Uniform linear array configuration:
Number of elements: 48
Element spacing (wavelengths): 0.5
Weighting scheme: binomial
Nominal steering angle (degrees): -15
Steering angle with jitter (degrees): -13.392
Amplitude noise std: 0.05
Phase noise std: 0.05

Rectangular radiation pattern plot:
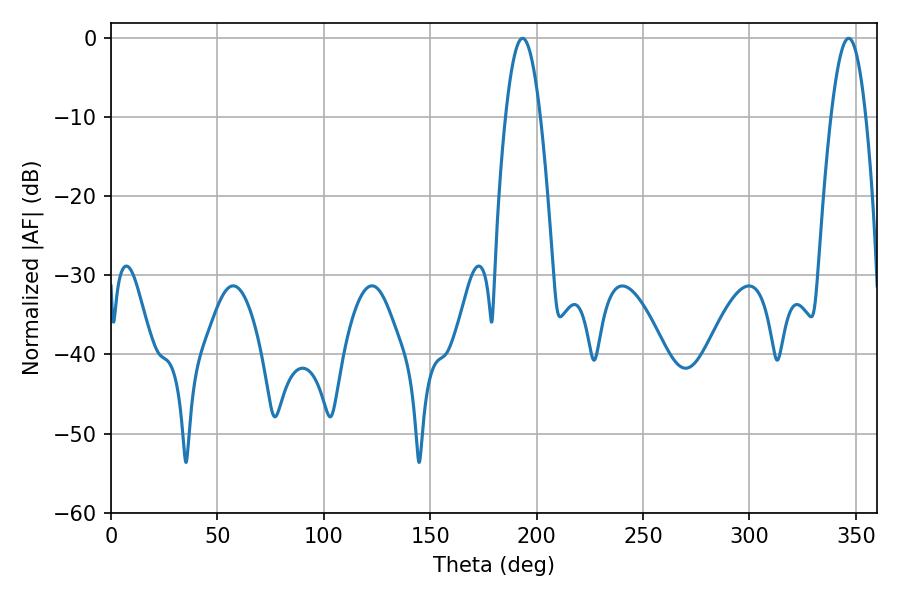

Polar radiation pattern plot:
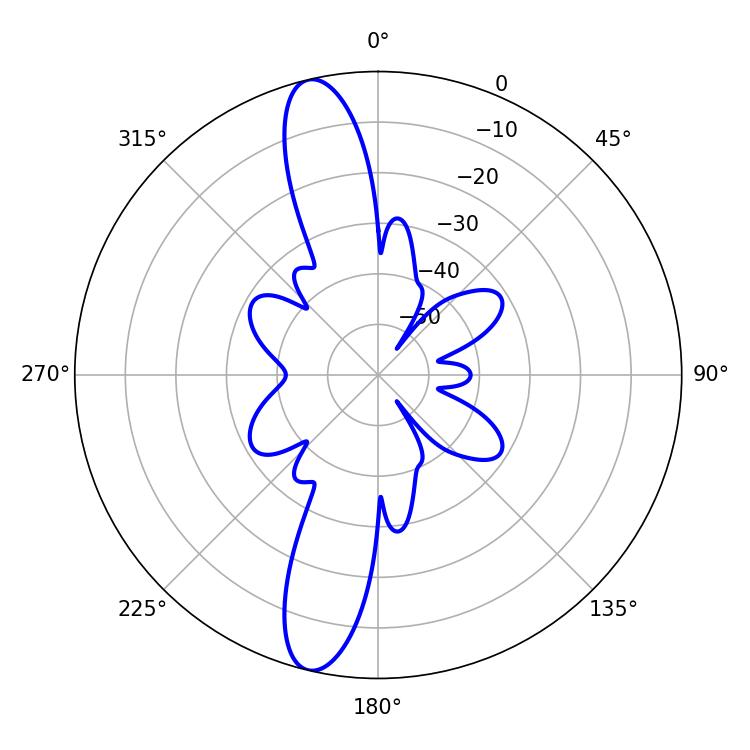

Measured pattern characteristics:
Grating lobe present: FALSE
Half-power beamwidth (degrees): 8.82
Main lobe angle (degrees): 193.32